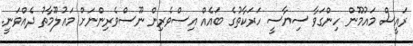
ރައީސް މައުމޫން ހިންގަވާ ސިޔާސީ ހަރަކާތުގެ ބައެއް އިސްވެރިން ނޫސްވެރިންނަށް މައުލޫމާތު ދެއްވަނީ.